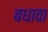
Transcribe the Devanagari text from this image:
बधावा